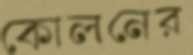
কোলনের